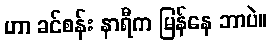
ဟာ ခင်စန်း နာရီက မြန်နေ ဘာပဲ။